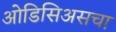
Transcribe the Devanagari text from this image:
ओडिसिअसचा